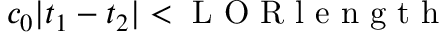
c _ { 0 } \vert t _ { 1 } - t _ { 2 } \vert < \mathrm { ~ L ~ O ~ R ~ l ~ e ~ n ~ g ~ t ~ h ~ }